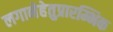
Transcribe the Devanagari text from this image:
लगानेहेतुप्रारम्भिक